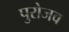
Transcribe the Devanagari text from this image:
पुरोजव